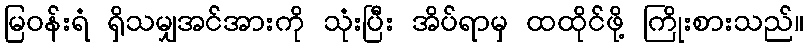
မြဝန်းရံ ရှိသမျှအင်အားကို သုံးပြီး အိပ်ရာမှ ထထိုင်ဖို့ ကြိုးစားသည်။